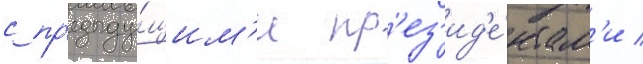
с пр'едыду́щим'и пр'ез'ид'е́нтам'и /